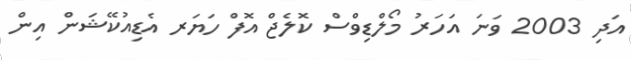
އަދި 2003 ވަނަ އަހަރު މޯލްޑިވްސް ކޮލެޖް އޮފް ހަޔަރ އެޑިއުކޭޝަން އިން